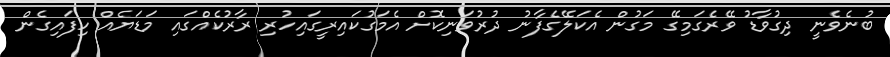
ބުނެވެނީ ދިގުވާޑު ވޭރެގަމިގޭ މަގުން އެކަލޭގެފާނު ދުރުވަނިކޮށް އެމަގުކައިރީގައިހުރި ރާރުކެއްގައި މަޑަޔެއް ހިފައިގެން